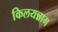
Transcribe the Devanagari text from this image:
किलयन्नाम